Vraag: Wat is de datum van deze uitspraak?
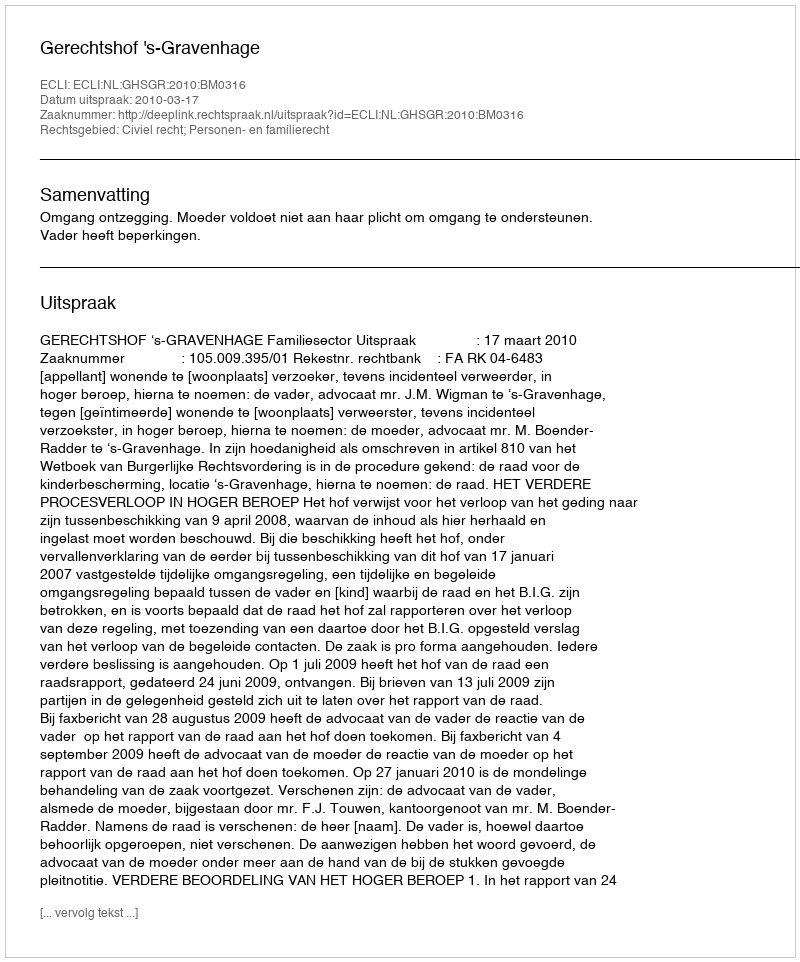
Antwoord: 2010-03-17